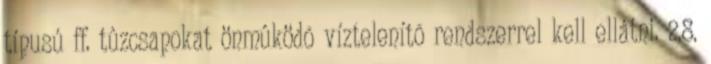
típusú ff. tûzcsapokat önmûködõ víztelenítõ rendszerrel kell ellátni. 2.8.